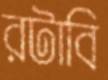
রটাবি